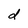
Character: d